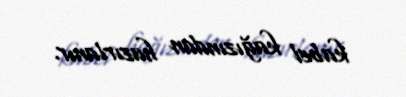
kabel kağızından hazırlanır.